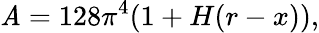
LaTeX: {\cal\mathit{A}}=128\pi^{4}(1+H(r-x)),